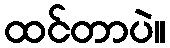
ထင်တာပဲ။